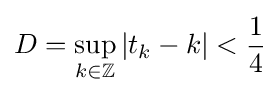
D=\sup _{k\in \mathbb {Z} }|t_{k}-k|<{\frac {1}{4}}